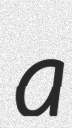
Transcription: a